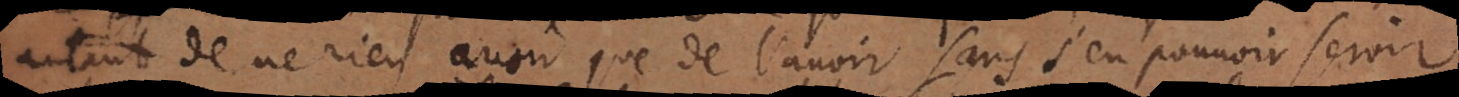
autant de ne rien avoir que de l’avoir sans s’en pouvoir servir.